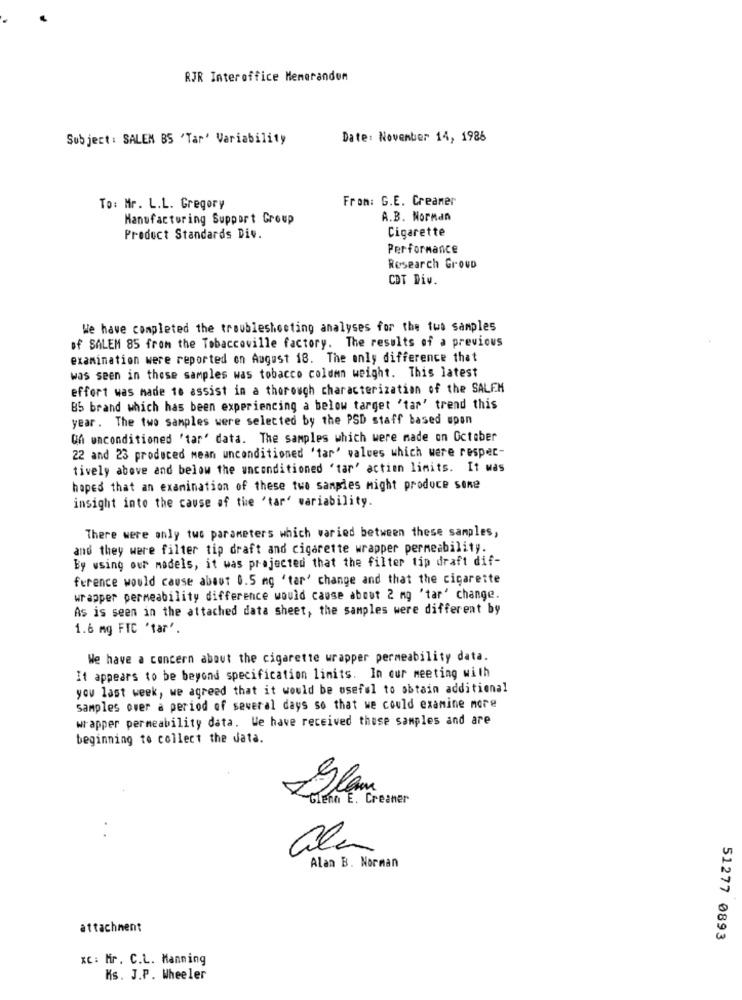
RJR Interoffice Meneranden
Subject : SALEN BS 'Tar' Variability
Date: November 14, 1986
From: G.E. Creamer
To: Mr. L.L. Gregory
Manufacturing Support Group
A.B. Norman
Cigarette
Product Standards Div.
Performance
Research Group
CDT Div.
We have completed the troubleshooting analyses for the two samples
of SALEM 85 from the Tobaccoville factory. The results of a previous
examination were reported on August 18. The only difference that
was seen in these samples was tobacco column weight. This latest
effort was made to assist in a thorough characterization of the SALEM
B5 brand which has been experiencing a below target 'tar' trend this
year. The two samples were selected by the PSD staff based upon
QA unconditioned 'tar' data. The samples which were made on October
22 and 23 produced mean unconditioned 'tar' values which were respec-
tively above and below the unconditioned 'tar' action limits. It was
hoped that an examination of these two samples might produce sone
insight into the cause of the 'tar' variability.
There were only two parameters which varied between these samples,
and they were filter tip draft and cigarette wrapper permeability.
By using our models, it was projected that the filter tip draft dif-
ference would cause about 0.5 mg 'tar' change and that the cigarette
wrapper permeability difference would cause about 2 mg 'tar' change.
As is seen in the attached data sheet, the samples were different by
1.6 mg FTC 'tar'.
We have a concern about the cigarette wrapper permeability data.
It appears to be beyond specification limits. In our meeting with
you last week, we agreed that it would be useful to obtain additional
samples over a period of several days so that we could examine more
wrapper permeability data. We have received those samples and are
beginning to collect the data.
Glam
-Glenn E. Creaner
ale
Alan B. Norman
attachment
51277 0893
xC: Mr. C.L. Manning
Ms. J.P. Wheeler